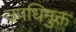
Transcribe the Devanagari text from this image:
उपधिमुक्त